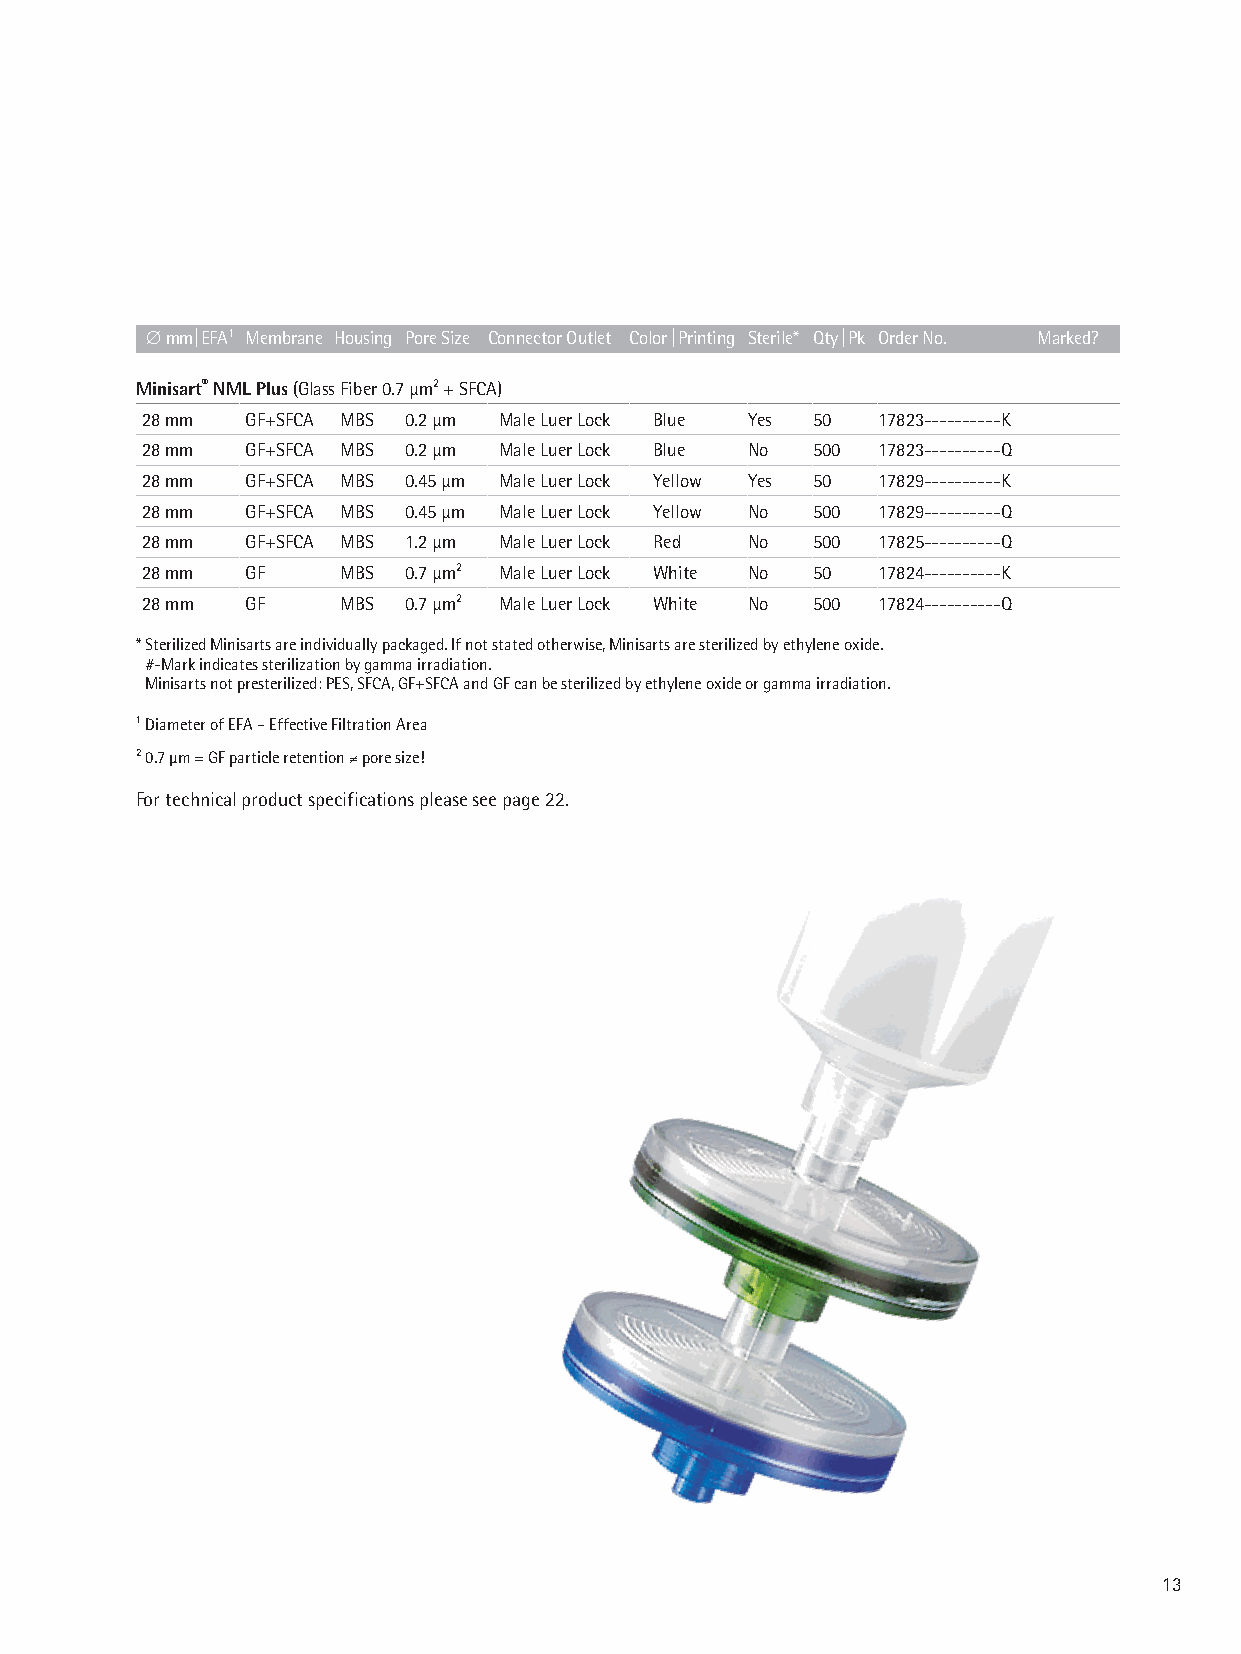
d mm| EFA1 Membrane Housing Pore Size Connector Outlet Color | Printing Sterile* Qty | Pk Order No. Marked?
 Minisart® NML Plus (Glass Fiber 0.7 μm2 + SFCA)
 28 mm  GF+SFCA MBS 0.2 μm Male Luer Lock Blue Yes 50 17823----------K
 28 mm  GF+SFCA MBS 0.2 μm Male Luer Lock Blue No 500 17823----------Q
 28 mm  GF+SFCA MBS 0.45 μm Male Luer Lock Yellow Yes 50 17829----------K
 28 mm  GF+SFCA MBS 0.45 μm Male Luer Lock Yellow No 500 17829----------Q
 28 mm  GF+SFCA MBS 1.2 μm Male Luer Lock Red No 500 17825----------Q
 28 mm  GF    MBS  0.7 μm2 Male Luer Lock White No 50 17824----------K
 28 mm  GF    MBS  0.7 μm2 Male Luer Lock White No 500 17824----------Q
 * Sterilized Minisarts are individually packaged. If not stated otherwise, Minisarts are sterilized by ethylene oxide.
 #-Mark indicates sterilization by gamma irradiation.
 Minisarts not presterilized: PES, SFCA, GF+SFCA and GF can be sterilized by ethylene oxide or gamma irradiation.
 1 Diameter of EFA – Effective Filtration Area
 2 0.7 μm = GF particle retention = pore size!
 For technical product specifications please see page 22.
 13